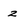
Character: 2